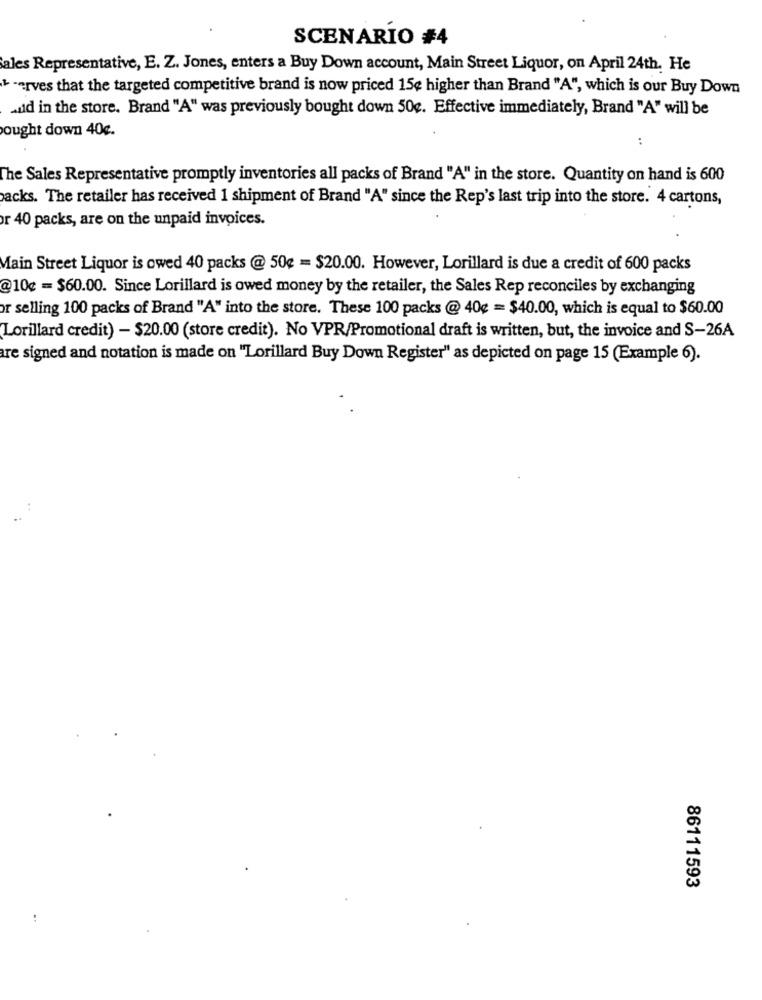
SCENARIO #4
Sales Representative, E. Z. Jones, enters a Buy Down account, Main Street Liquor, on April 24th. He
" -erves that the targeted competitive brand is now priced 15e higher than Brand "A", which is our Buy Down
aid in the store. Brand "A" was previously bought down 50€. Effective immediately, Brand "A" will be
ought down 40c.
:
The Sales Representative promptly inventories all packs of Brand "A" in the store. Quantity on hand is 600
acks. The retailer has received 1 shipment of Brand "A" since the Rep's last trip into the store. 4 cartons,
r 40 packs, are on the unpaid invoices.
Main Street Liquor is owed 40 packs @ 50€ = $20.00. However, Lorillard is due a credit of 600 packs
@10¢ = $60.00. Since Lorillard is owed money by the retailer, the Sales Rep reconciles by exchanging
or selling 100 packs of Brand "A" into the store. These 100 packs @ 40¢ = $40.00, which is equal to $60.00
Lorillard credit) - $20.00 (store credit). No VPR/Promotional draft is written, but, the invoice and S-26A
are signed and notation is made on "Lorillard Buy Down Register" as depicted on page 15 (Example 6).
86111593